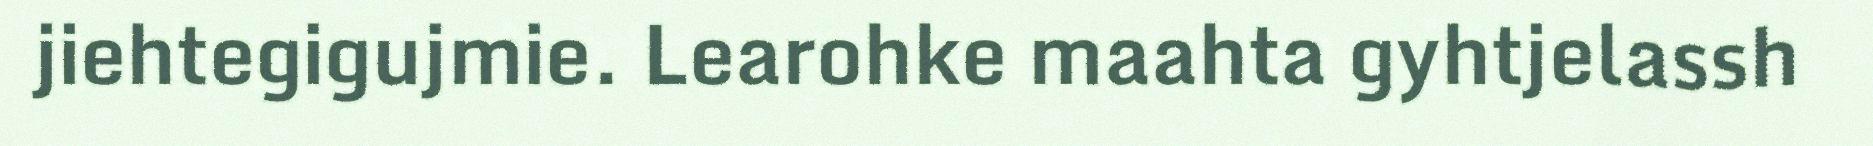
jiehtegigujmie. Learohke maahta gyhtjelassh